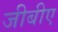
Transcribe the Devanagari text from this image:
जीबीए